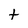
Character: t